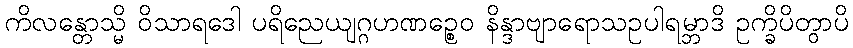
ကိလန္တောသ္မိ ဝိသာရဒေါ ပရိညေယျဂ္ဂဟဏဉ္စေဝ နိန္ဒာဗျာရောသဥပါရမ္ဘာဒိ ဥက္ခိပိတွာပိ